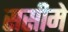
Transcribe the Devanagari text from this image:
ससीमे